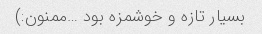
بسیار تازه و خوشمزه بود …ممنون:)